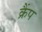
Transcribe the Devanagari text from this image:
क्रैंप